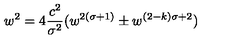
w ^ { 2 } = 4 { \frac { c ^ { 2 } } { \sigma ^ { 2 } } } ( w ^ { 2 ( \sigma + 1 ) } \pm w ^ { ( 2 - k ) \sigma + 2 } )